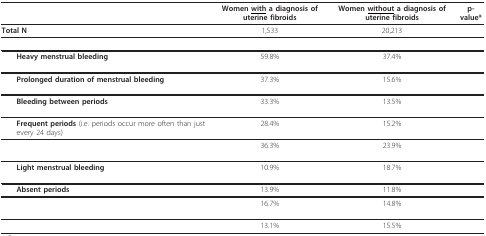
<table><thead><tr><td>[EMPTY_CELL]</td><td><b>Women <underline>with</underline> a diagnosis of uterine fibroids</b></td><td><b>Women <underline>without</underline> a diagnosis of uterine fibroids</b></td><td><b>p-value*</b></td></tr></thead><tbody><tr><td><b>Total N</b></td><td>1,533</td><td>20,213</td><td>[EMPTY_CELL]</td></tr><tr><td>[EMPTY_CELL]</td><td>[EMPTY_CELL]</td><td>[EMPTY_CELL]</td><td>[EMPTY_CELL]</td></tr><tr><td> <b>Heavy menstrual bleeding</b></td><td>59.8%</td><td>37.4%</td><td>[EMPTY_CELL]</td></tr><tr><td> <b>Prolonged duration of menstrual bleeding</b></td><td>37.3%</td><td>15.6%</td><td>[EMPTY_CELL]</td></tr><tr><td> <b>Bleeding between periods</b></td><td>33.3%</td><td>13.5%</td><td>[EMPTY_CELL]</td></tr><tr><td> <b>Frequent periods </b>(i.e. periods occur more often than just every 24 days)</td><td>28.4%</td><td>15.2%</td><td>[EMPTY_CELL]</td></tr><tr><td>[EMPTY_CELL]</td><td>36.3%</td><td>23.9%</td><td>[EMPTY_CELL]</td></tr><tr><td> <b>Light menstrual bleeding</b></td><td>10.9%</td><td>18.7%</td><td>[EMPTY_CELL]</td></tr><tr><td> <b>Absent periods</b></td><td>13.9%</td><td>11.8%</td><td>[EMPTY_CELL]</td></tr><tr><td>[EMPTY_CELL]</td><td>16.7%</td><td>14.8%</td><td>[EMPTY_CELL]</td></tr><tr><td>[EMPTY_CELL]</td><td>13.1%</td><td>15.5%</td><td>[EMPTY_CELL]</td></tr></tbody></table>